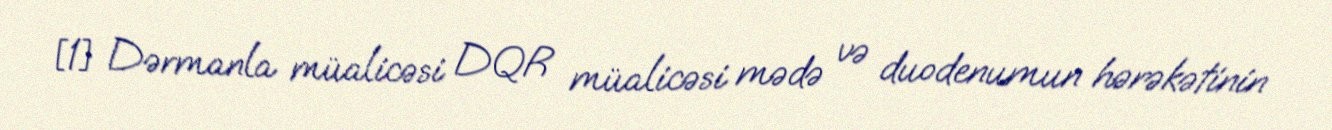
[1] Dərmanla müalicəsi DQR müalicəsi mədə və duodenumun hərəkətinin